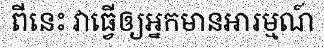
ពីនេះ វាធ្វើឲ្យអ្នកមានអារម្មណ៍